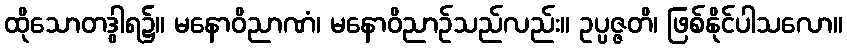
ထိုသောတဒွါရ၌။ မနောဝိညာဏံ၊ မနောဝိညာဉ်သည်လည်း။ ဥပ္ပဇ္ဇတိ၊ ဖြစ်နိုင်ပါသလော။